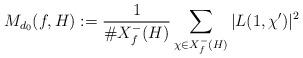
LaTeX: \begin{align*}M_{d_0}(f,H):={1\over\# X_f^-(H)}\sum_{\chi\in X_f^-(H)}\vert L(1,\chi')\vert^2\end{align*}